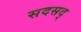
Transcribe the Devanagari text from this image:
सदसद्